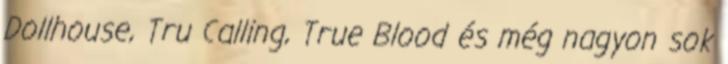
Dollhouse, Tru Calling, True Blood és még nagyon sok